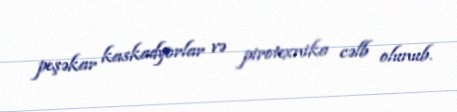
peşəkar kaskadyorlar və pirotexnika cəlb olunub.